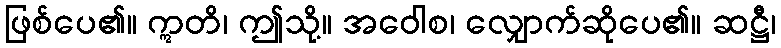
ဖြစ်ပေ၏။ ဣတိ၊ ဤသို့။ အဝေါစ၊ လျှောက်ဆိုပေ၏။ ဆဋ္ဌီ၊